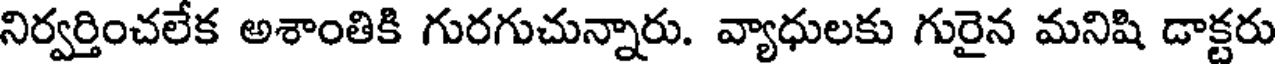
నిర్వర్తించలేక అశాంతికి గురగుచున్నారు. వ్యాధులకు గురైన మనిషి డాక్టరు